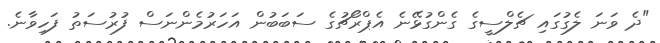
"ދެ ވަނަ ލެގުގައި ޗެލްސީގެ ގެންގުޅޭނެ އެޕްރޯޗުގެ ސަބަބުން އަހަރުމެންނަސް ފުރުސަތު ފަހިވާނެ.